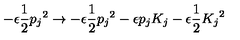
- \epsilon \frac { 1 } { 2 } { p _ { j } } ^ { 2 } \rightarrow - \epsilon \frac { 1 } { 2 } { p _ { j } } ^ { 2 } - \epsilon p _ { j } K _ { j } - \epsilon \frac { 1 } { 2 } { K _ { j } } ^ { 2 }